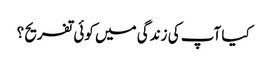
کیا آپ کی زندگی میں کوئی تفریح ؟